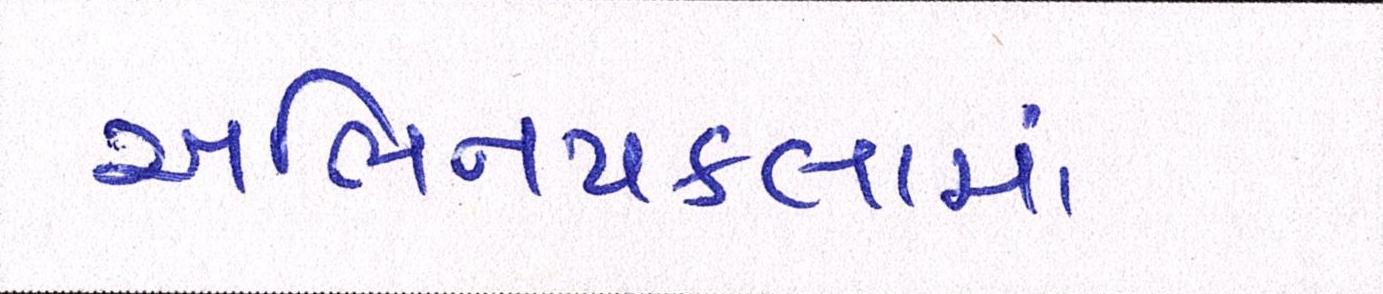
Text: અભિનયકલામાં